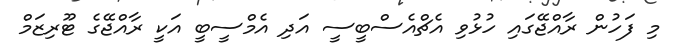
މި ފަހުން ރާއްޖޭގައި ހުޅުވި އެޗްއެސްބީސީ އަދި އެމްސީބީ އަކީ ރާއްޖޭގެ ޓޫރިޒަމް